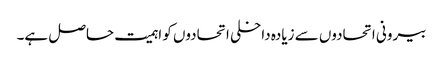
بیرونی اتحادوں سے زیادہ داخلی اتحادوں کو اہمیت حاصل ہے۔